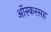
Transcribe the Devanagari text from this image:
ऑस्करसह